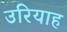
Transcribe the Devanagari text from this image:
उरियाह